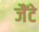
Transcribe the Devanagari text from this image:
जैंटे